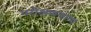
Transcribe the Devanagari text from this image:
परीक्षणयोग्य